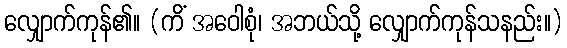
လျှောက်ကုန်၏။ (ကိံ အဝေါစုံ၊ အဘယ်သို့ လျှောက်ကုန်သနည်း။)